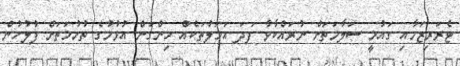
ޓެރަރިޒަމާއި ގައުމީ ސަލާމަތަށް ނުރައްކާވާ ފަދަ އަމަލުތަކެއް ހިންގަން އުޅުމުގެ ތުހުމަތަށް ފުލުހުން